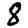
Digit: 8